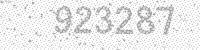
Solution: 923287